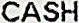
CASH